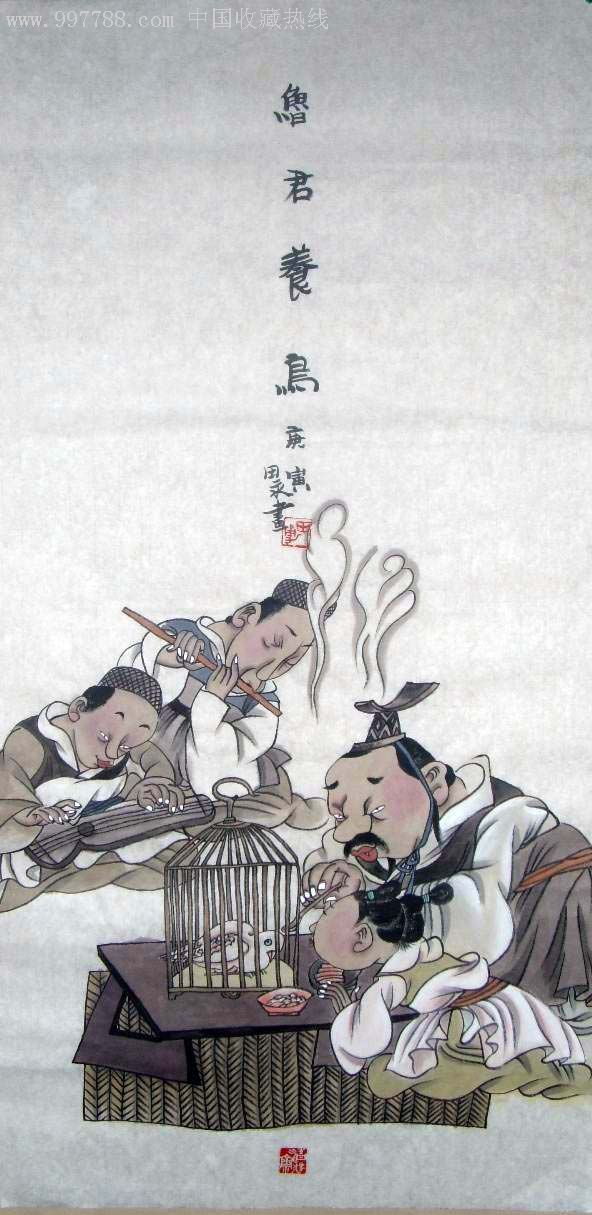
君不肖，则国危而民乱，君贤圣则国安而民治，祸福在君不在天时。